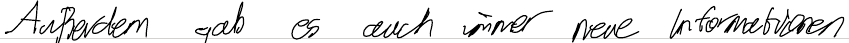
Außerdem gab es auch immer neue Informationen